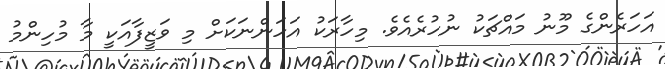
އަހަރެންގެ މޫނު މައްޗަކު ނުހުރެއެވެ. މިހާރަކު އަހަންނަކަށް މި ވަޒީފާއަކީ މާ މުހިންމު